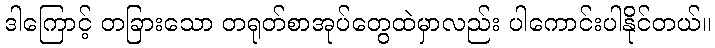
ဒါကြောင့် တခြားသော တရုတ်စာအုပ်တွေထဲမှာလည်း ပါကောင်းပါနိုင်တယ်။